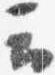
云